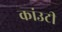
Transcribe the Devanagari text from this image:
कांउटी